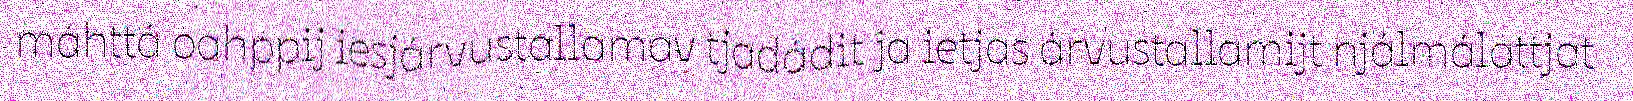
máhttá oahppij iesjárvustallamav tjadádit ja ietjas árvustallamijt njálmálattjat